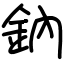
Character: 鈉